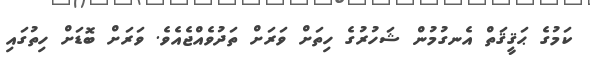
ކަމުގެ ޙަޤީޤަތް އެނގުމުން ޝަހުރުގެ ހިތަށް ވަރަށް ތަދުވެއްޖެއެވެ. ވަރަށް ބޮޑަށް ހިތުގައި